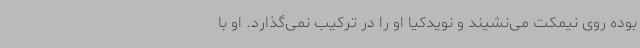
بوده روی نیمکت می‌نشیند و نویدکیا او را در ترکیب نمی‌گذارد. او با